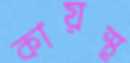
কায়স্থ